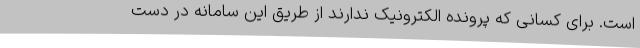
است. برای کسانی که پرونده الکترونیک ندارند از طریق این سامانه در دست